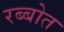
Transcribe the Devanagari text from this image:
रब्बोत